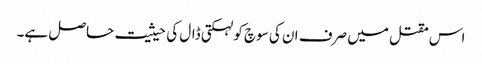
اس مقتل میں صرف ان کی سوچ کو لہکتی ڈال کی حیثیت حاصل ہے۔